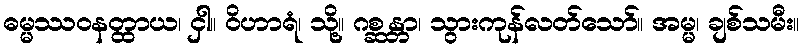
ဓမ္မဿဝနတ္ထာယ၊ ငှါ။ ဝိဟာရံ၊ သို့။ ဂစ္ဆန္တာ၊ သွားကုန်လတ်သော်။ အမ္မ၊ ချစ်သမီး။